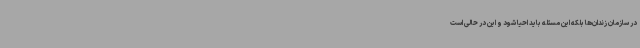
در سازمان زندان‌ها بلکه این مسئله باید احیا شود و این در حالی است